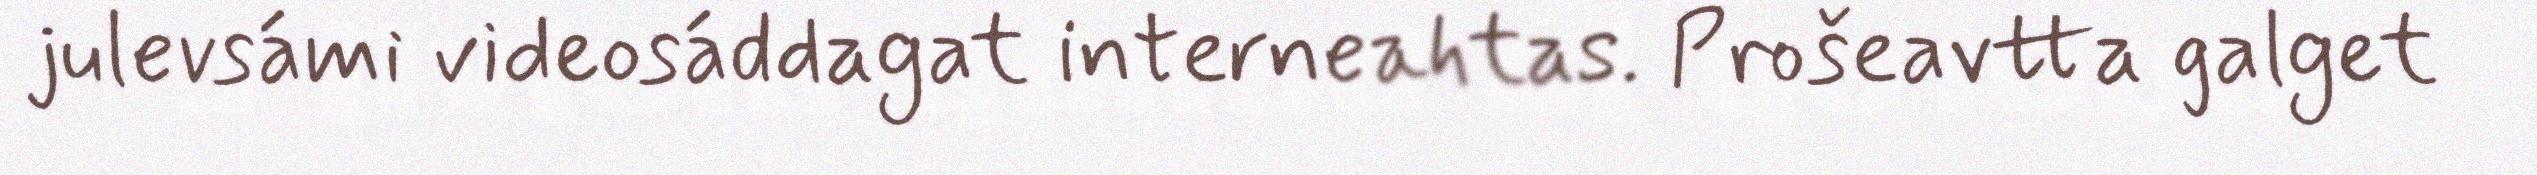
julevsámi videosáddagat interneahtas. Prošeavtta galget